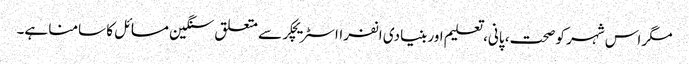
مگر اس شہر کو صحت، پانی، تعلیم اور بنیادی انفرااسٹریچکر سے متعلق سنگین مسائل کا سامنا ہے۔